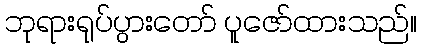
ဘုရားရုပ်ပွားတော် ပူဇော်ထားသည်။